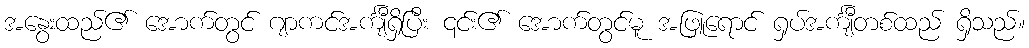
အနွေးထည်၏ အောက်တွင် ဂျာကင်အင်္ကျီရှိပြီး ၎င်း၏ အောက်တွင်မူ အဖြူရောင် ရှပ်အင်္ကျီတစ်ထည် ရှိသည်။